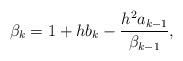
LaTeX: \begin{align*}\beta_k=1+hb_k-\frac{h^2a_{k-1}}{\beta_{k-1}},\end{align*}